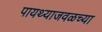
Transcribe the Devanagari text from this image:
पायथ्याजवळच्या